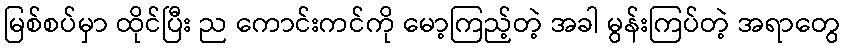
မြစ်စပ်မှာ ထိုင်ပြီး ည ကောင်းကင်ကို မော့ကြည့်တဲ့ အခါ မွန်းကြပ်တဲ့ အရာတွေ